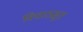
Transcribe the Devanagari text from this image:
विचारप्रसूत